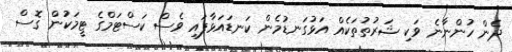
ދެން ހުންނާނެ ވަކި ޝަރުތުތަކެއް އަޅުގަނޑުމެން ކަނޑައަޅާފައި ވެސް ކަސްޓަމްގެ ޓީމަކުން ގޮސް